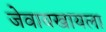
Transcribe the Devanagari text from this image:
जेवायखायला